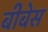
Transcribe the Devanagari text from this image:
बीबेस